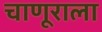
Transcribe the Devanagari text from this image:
चाणूराला